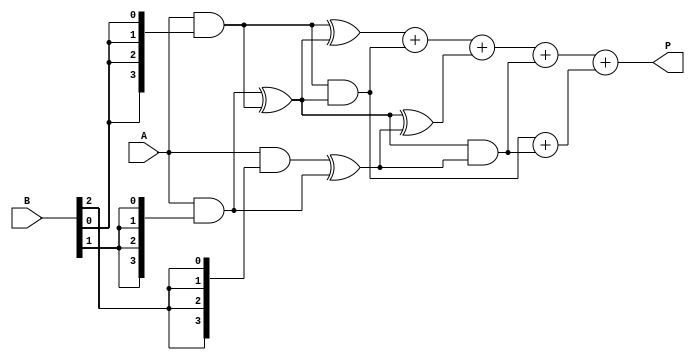
module WallaceTreeMultiplier #(parameter n = 4) (
    input  [n-1:0] A,
    input  [n-1:0] B,
    output reg [2*n-1:0] P
);

    // Generate partial products
    wire [n-1:0] pp [0:n-1]; // Partial products
    genvar i, j;
    generate
        for (i = 0; i < n; i = i + 1) begin : pp_gen
            assign pp[i] = A & {n{B[i]}};
        end
    endgenerate

    // Wallace Tree Reduction
    wire [n-1:0] sum [0:n-1]; // Sums at each stage
    wire [n-1:0] carry [0:n-1]; // Carries at each stage

    // Initial stage of reduction
    wire [n-1:0] stage1_sum [0:n-1];
    wire [n-1:0] stage1_carry [0:n-1];

    // Half Adders and Full Adders for the first stage
    generate
        for (i = 0; i < n; i = i + 1) begin : stage1
            if (i == 0) begin
                assign stage1_sum[i] = pp[i];
                assign stage1_carry[i] = 0;
            end else begin
                assign stage1_sum[i] = pp[i] ^ pp[i-1];
                assign stage1_carry[i] = pp[i] & pp[i-1];
            end
        end
    endgenerate

    // Further stages of reduction
    // This part can be expanded based on the number of bits and the depth of the tree
    wire [n-1:0] stage2_sum [0:n-1];
    wire [n-1:0] stage2_carry [0:n-1];

    generate
        for (i = 0; i < n-1; i = i + 1) begin : stage2
            assign stage2_sum[i] = stage1_sum[i] ^ stage1_sum[i+1];
            assign stage2_carry[i] = stage1_sum[i] & stage1_sum[i+1];
        end
    endgenerate

    // Final addition
    wire [2*n-1:0] final_sum;
    wire [2*n-1:0] final_carry;

    assign final_sum = {1'b0, stage2_sum[0]} + {1'b0, stage2_carry[0]} + {1'b0, stage2_sum[1]} + {1'b0, stage2_carry[1]};
    assign final_carry = {1'b0, stage2_carry[0]} + {1'b0, stage2_carry[1]};

    always @(*) begin
        P = final_sum + final_carry;
    end

endmodule